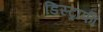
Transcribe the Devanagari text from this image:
डिस्ट्राफी